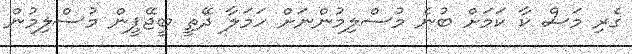
ގެރި މަސް ކާ ކަމަށް ބުނެ މުސްލިމުންނަށް ހަމަލާ ދޭތީ ބީޖޭޕީން މުސްލިމުން